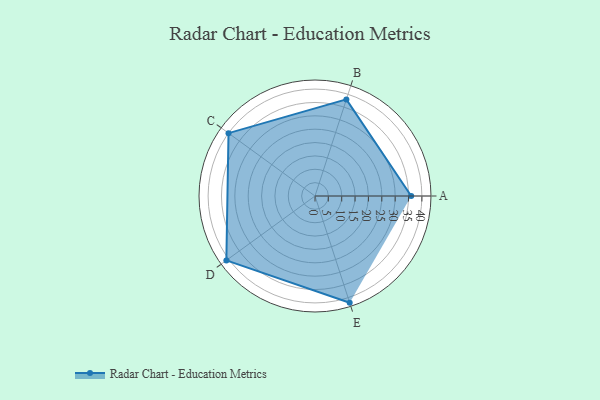
{"axis": {"x": "Skill", "y": "Score"}, "legend": ["Profile"], "data": [{"x": "A", "y": 36.0, "type": "Profile"}, {"x": "B", "y": 38.0, "type": "Profile"}, {"x": "C", "y": 40.0, "type": "Profile"}, {"x": "D", "y": 41.0, "type": "Profile"}, {"x": "E", "y": 42.0, "type": "Profile"}]}